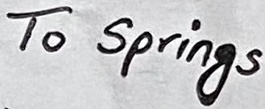
Text: To Springs